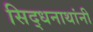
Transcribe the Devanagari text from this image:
सिद्धनाथांनी